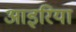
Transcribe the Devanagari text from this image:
आइरिया